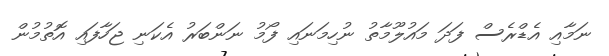
ނަމާއި އެޑްރެސް ފަދަ މައުލޫމާތު ނުހިމަނައި ފޯމު ނަންބަރު އެކަނި ޖަހާފައި އޮތުމުން